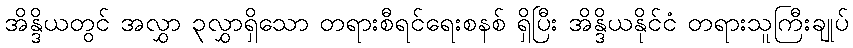
အိန္ဒိယတွင် အလွှာ ၃လွှာရှိသော တရားစီရင်ရေးစနစ် ရှိပြီး အိန္ဒိယနိုင်ငံ တရားသူကြီးချုပ်